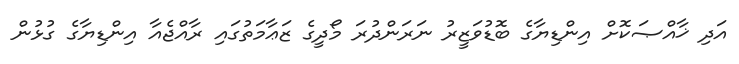
އަދި ޚާއްޞަކޮށް އިންޑިޔާގެ ބޮޑުވަޒީރު ނަރަންދުރަ މޯދީގެ ޒަޢާމަތުގައި ރާއްޖެއާ އިންޑިޔާގެ ގުޅުން